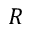
R